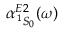
\alpha _ { \, ^ { 1 } S _ { 0 } } ^ { E 2 } ( \omega )